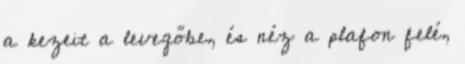
a kezeit a levegőbe, és néz a plafon felé,